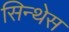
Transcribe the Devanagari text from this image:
सिन्थेस